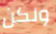
ولكن